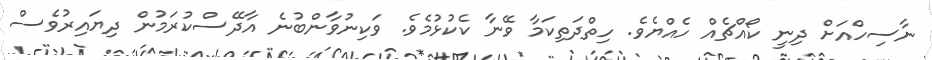
ނާސިހްއަށް ދިނީ ކޯއްޗެއް ހެއްޔެވެ. ހިތްދަތިކަމާ ވޭނާ ކެކުޅުމެވެ. ވަކިނުވާންބުނެ އާދޭސްކުރަމުން ދިޔައިރުވެސް